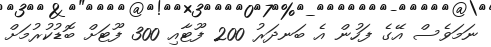
ނަމަވެސް އޭގެ ފަހުން އެ ބަނދަރު 200 ފޫޓާއި 300 ފޫޓަށް ބޮޑުކުރުމަށް